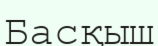
Басқыш